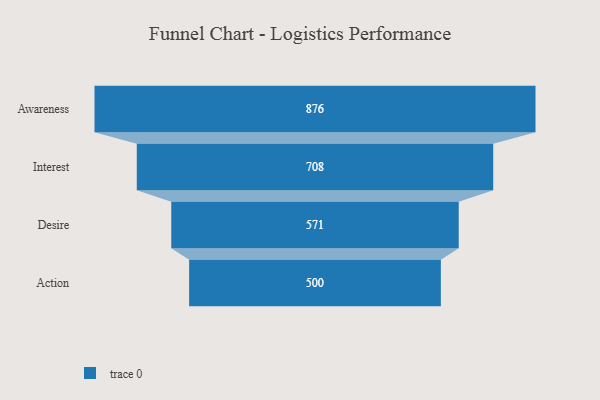
{"axis": {"x": "Stage", "y": "Value"}, "legend": [""], "data": [{"x": "Awareness", "y": 876.0, "type": ""}, {"x": "Interest", "y": 708.0, "type": ""}, {"x": "Desire", "y": 571.0, "type": ""}, {"x": "Action", "y": 500, "type": ""}]}